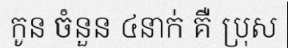
កូន ចំនួន ៤នាក់ គឺ ប្រុស